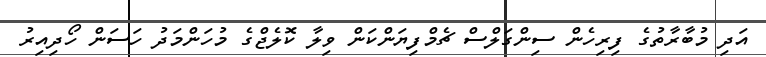
އަދި މުބާރާތުގެ ފިރިހެން ސިންގަލްސް ޗެމްފިޔަންކަން ވިލާ ކޮލެޖްގެ މުހަންމަދު ހަސަން ހޯދިއިރު